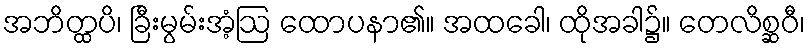
အဘိတ္ထပိ၊ ခြီးမွမ်းအံ့ဩ ထောပနာ၏။ အထခေါ၊ ထိုအခါ၌။ တေလိစ္ဆဝီ၊